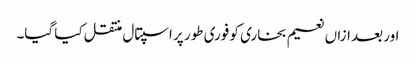
اور بعد ازاں نعیم بخاری کو فوری طور پر اسپتال منتقل کیا گیا۔